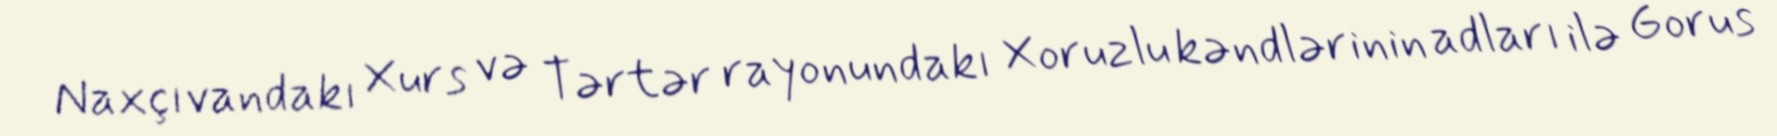
Naxçıvandakı Xurs və Tərtər rayonundakı Xoruzlu kəndlərinin adları ilə Gorus